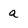
Character: a